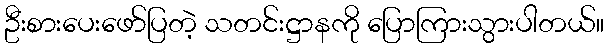
ဦးစားပေးဖော်ပြတဲ့ သတင်းဋ္ဌာနကို ပြောကြားသွားပါတယ်။